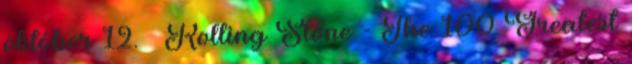
október 12. ↑ Rolling Stone - The 100 Greatest